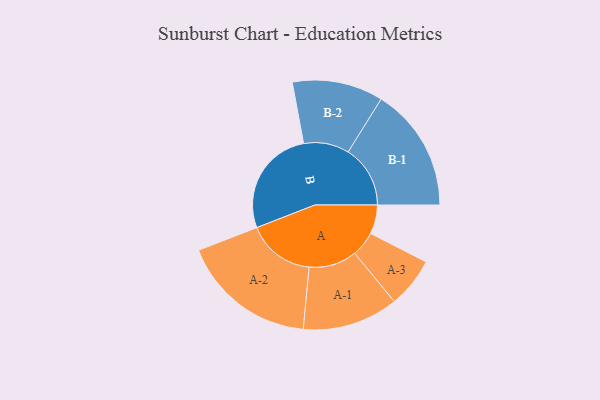
{"axis": {"x": "Segment", "y": "Value"}, "legend": ["", "A", "B"], "data": [{"x": "A", "y": 127, "type": ""}, {"x": "B", "y": 472, "type": ""}, {"x": "A-1", "y": 210, "type": "A"}, {"x": "A-2", "y": 297, "type": "A"}, {"x": "A-3", "y": 110, "type": "A"}, {"x": "B-1", "y": 272, "type": "B"}, {"x": "B-2", "y": 199, "type": "B"}]}